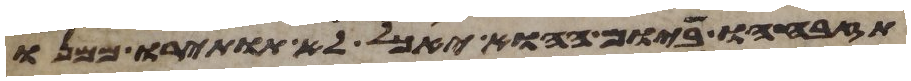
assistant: תזבחהו ביום ההוא יאכל לא תותירו ממנו